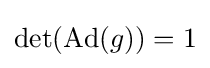
\det(\operatorname {Ad} (g))=1